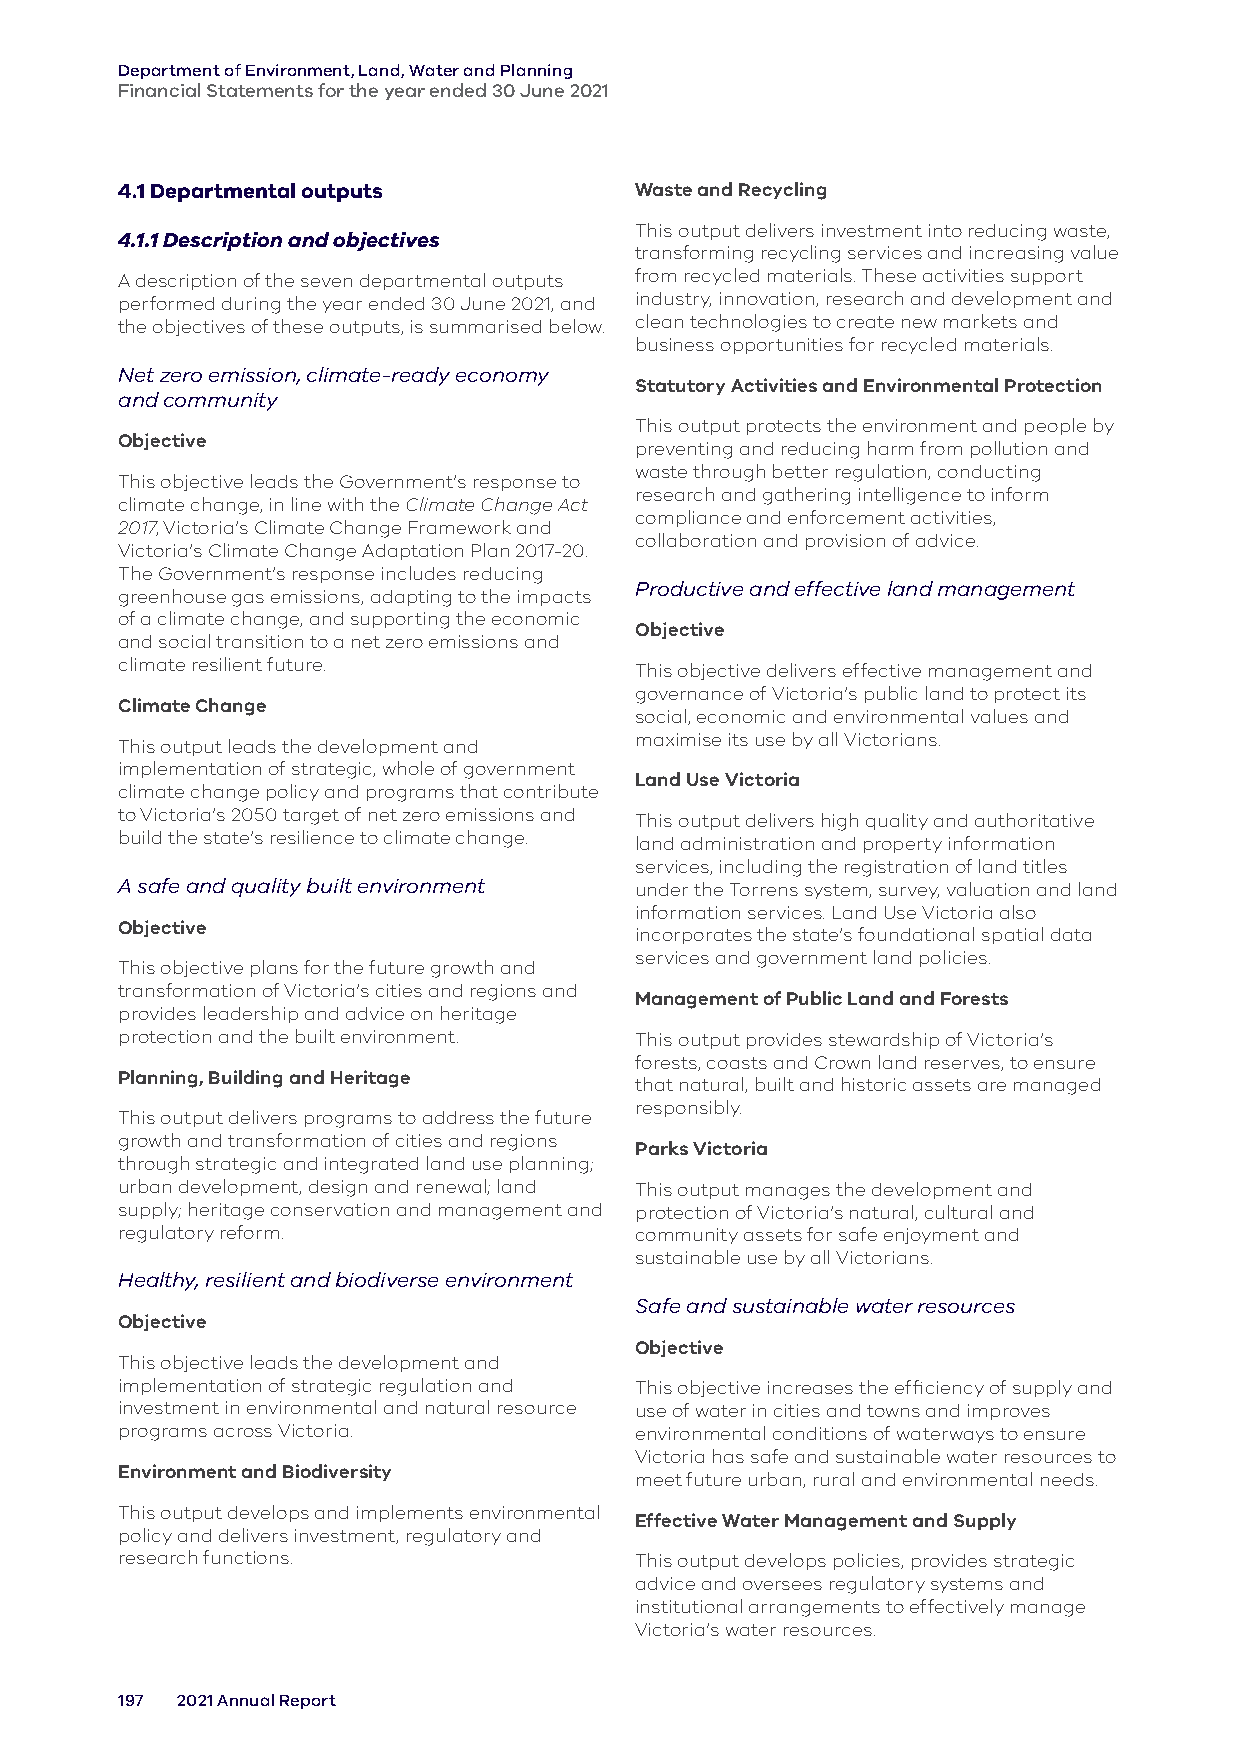
Department of Environment, Land, Water and Planning
 Financial Statements for the year ended 30 June 2021
 4.1 Departmental outputs          Waste and Recycling
 This output delivers investment into reducing waste,
 4.1.1 Description and objectives
 transforming recycling services and increasing value
 A description of the seven departmental outputs from recycled materials. These activities support
 performed during the year ended 30 June 2021, and industry, innovation, research and development and
 the objectives of these outputs, is summarised below. clean technologies to create new markets and
 business opportunities for recycled materials.
 Net zero emission, climate-ready economy
 Statutory Activities and Environmental Protection
 and community
 This output protects the environment and people by
 Objective
 preventing and reducing harm from pollution and
 waste through better regulation, conducting
 This objective leads the Government’s response to
 research and gathering intelligence to inform
 climate change, in line with the Climate Change Act
 compliance and enforcement activities,
 2017, Victoria’s Climate Change Framework and
 collaboration and provision of advice.
 Victoria’s Climate Change Adaptation Plan 2017-20.
 The Government’s response includes reducing
 Productive and effective land management
 greenhouse gas emissions, adapting to the impacts
 of a climate change, and supporting the economic
 Objective
 and social transition to a net zero emissions and
 climate resilient future.         This objective delivers effective management and
 governance of Victoria’s public land to protect its
 Climate Change
 social, economic and environmental values and
 maximise its use by all Victorians.
 This output leads the development and
 implementation of strategic, whole of government
 Land Use Victoria
 climate change policy and programs that contribute
 to Victoria’s 2050 target of net zero emissions and This output delivers high quality and authoritative
 build the state’s resilience to climate change. land administration and property information
 services, including the registration of land titles
 A safe and quality built environment under the Torrens system, survey, valuation and land
 information services. Land Use Victoria also
 Objective
 incorporates the state’s foundational spatial data
 services and government land policies.
 This objective plans for the future growth and
 transformation of Victoria’s cities and regions and
 Management of Public Land and Forests
 provides leadership and advice on heritage
 protection and the built environment. This output provides stewardship of Victoria’s
 forests, coasts and Crown land reserves, to ensure
 Planning, Building and Heritage
 that natural, built and historic assets are managed
 responsibly.
 This output delivers programs to address the future
 growth and transformation of cities and regions
 Parks Victoria
 through strategic and integrated land use planning;
 urban development, design and renewal; land This output manages the development and
 supply; heritage conservation and management and protection of Victoria’s natural, cultural and
 regulatory reform.                community assets for safe enjoyment and
 sustainable use by all Victorians.
 Healthy, resilient and biodiverse environment
 Safe and sustainable water resources
 Objective
 Objective
 This objective leads the development and
 implementation of strategic regulation and This objective increases the efficiency of supply and
 investment in environmental and natural resource use of water in cities and towns and improves
 programs across Victoria.         environmental conditions of waterways to ensure
 Victoria has safe and sustainable water resources to
 Environment and Biodiversity
 meet future urban, rural and environmental needs.
 This output develops and implements environmental
 Effective Water Management and Supply
 policy and delivers investment, regulatory and
 research functions.               This output develops policies, provides strategic
 advice and oversees regulatory systems and
 institutional arrangements to effectively manage
 Victoria’s water resources.
 197 2021 Annual Report